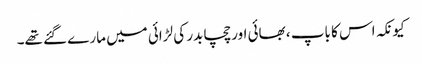
کیونکہ اس کا باپ ، بھائی اور چچا بدر کی لڑائی میں مارے گئے تھے۔